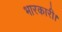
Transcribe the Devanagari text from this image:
भारकारी।